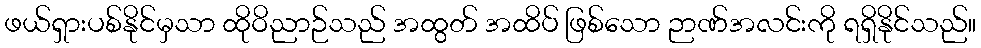
ဖယ်ရှားပစ်နိုင်မှသာ ထိုဝိညာဉ်သည် အထွတ် အထိပ် ဖြစ်သော ဉာဏ်အလင်းကို ရရှိနိုင်သည်။